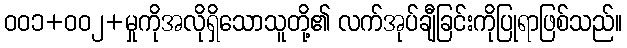
ဝဝ၁+ဝဝ၂+မှုကိုအလိုရှိသောသူတို့၏ လက်အုပ်ချီခြင်းကိုပြုရာဖြစ်သည်။